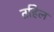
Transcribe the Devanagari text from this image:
तहिल